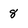
Character: 8